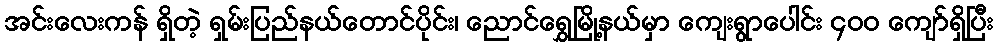
အင်းလေးကန် ရှိတဲ့ ရှမ်းပြည်နယ်တောင်ပိုင်း၊ ညောင်ရွှေမြို့နယ်မှာ ကျေးရွာပေါင်း ၄၀၀ ကျော်ရှိပြီး